Civil Veterinary Department. United Provinces 1923-31 - 1923-1931
Year: 1923
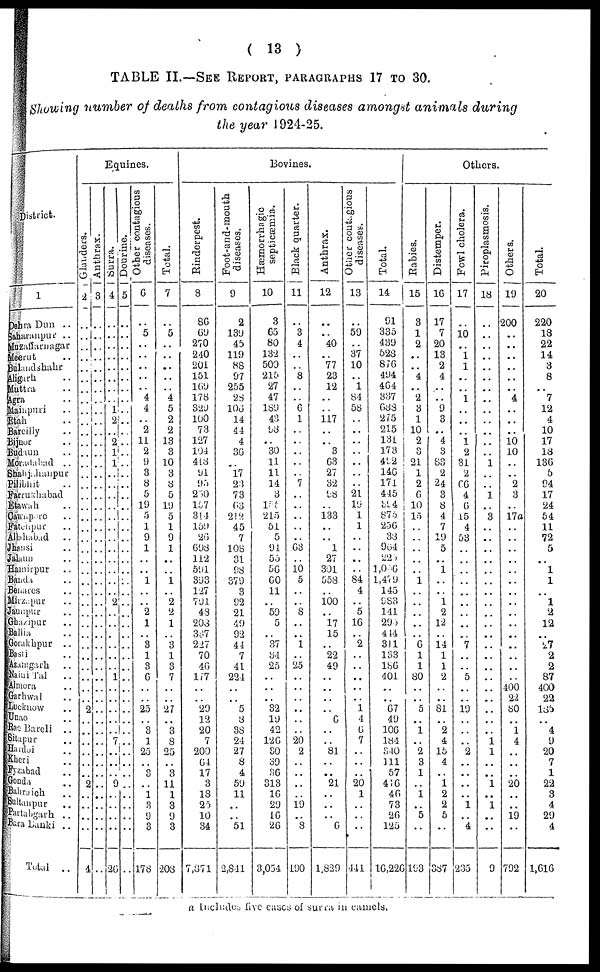
(
1 3
)
TABLE II.—SEE REPORT,
PARAGRAPHS
17 TO 3 0 .
Showing
number
of deaths
from
contagious
diseases
amongst
animals
during
the
year
1924-25.
District.
1
Dehra Dun ..
Saharanpur ..
Muzaffarnagar
Meerut ..
Bulandshahr
Aligarh ..
Muttra ..
Agra ..
Mainpuri ..
Etah ..
Barcilly ..
Bijnor ..
Budaun ..
Moradabad
..
Shaljahanpur
Pilibjit ..
Farrukhabad
Etwah ..
Cawaparo ..
Fatehpur ..
Allahabad
..
Jhansi ..
Jalun ..
Hamirpur ..
Banda ..
Benares ..
Mirzapur ..
Jaunpur ..
Ghazipur ..
Ballia ..
Gorakhpur ..
Basti ..
Azamgarh ..
Naini Tal ..
Almora ..
Garhwal ..
Lucknow ..
Unao ..
Rae Bareli
..
Sitapur ..
Hardoi ..
Kheri ..
Fyzabad ..
Gonda ..
Bahraich ..
Sultanpur ..
Partabgarh
..
Bara Lanki ..
Total
..
Equines.
Glanders.
2
..
..
..
..
..
..
..
..
..
..
..
..
..
..
..
..
..
..
..
..
..
..
..
..
..
..
..
..
..
..
..
..
..
..
..
..
2
..
..
..
..
..
..
2
..
..
..
..
4
Anthrax.
3
..
..
..
..
..
..
..
..
..
..
..
..
..
..
..
..
..
..
..
..
..
..
..
..
..
..
..
..
..
..
..
..
..
..
..
..
..
..
..
..
..
..
..
..
..
..
..
Surra.
4
..
..
..
..
..
..
..
..
1
2
..
2
1
1
..
..
..
..
..
..
..
..
..
..
..
..
2
..
..
..
..
..
..
1
..
..
..
..
..
7
..
..
..
9
..
..
..
..
26
Dourine.
5
..
..
..
..
..
..
..
..
..
..
..
..
..
..
..
..
..
..
..
..
..
..
..
..
..
..
..
..
..
..
..
..
..
..
..
..
..
..
..
..
..
..
..
..
..
..
..
..
Other contagious
diseases.
6
..
5
..
..
..
..
..
4
4
..
2
11
2
9
3
8
5
19
5
1
9
1
..
..
1
..
..
2
1
..
3
1
3
6
..
..
25
..
3
1
25
..
3
..
1
3
9
3
178
Total.
7
..
5
..
..
..
..
4
5
2
2
13
3
10
3
8
5
19
5
1
9
1
..
..
1
..
2
2
1
..
3
1
3
7
..
..
27
..
3
8
25
..
3
11
1
3
9
3
208
Bovines.
Rinderpest.
8
86
69
270
240
201
151
169
178
329
100
73
127
104
418
91
93
230
157
314
159
26
698
112
591
393
127
791
48
208
387
227
70
46
177
..
..
29
12
20
7
200
04
17
3
18
25
10
34
7,871
Foot-and-mouth
diseases.
9
2
139
45
119
8S
97
255
28
106
14
44
4
36
..
17
23
73
63
212
45
7
108
31
98
379
3
92
21
49
92
44
7
41
224
..
..
5
8
38
24
27
8
4
59
11
..
..
51
2,841
Hæmorrhagic
septicæmia.
10
3
65
80
132
500
215
27
47
189
43
98
..
30
11
11
14
3
155
215
51
5
91
55
56
60
11
..
59
5
..
37
34
25
..
..
..
32
19
42
120
30
39
36
313
16
29
16
26
3,054
Black quarter.
11
..
3
4
..
..
8
..
..
6
1
..
..
..
..
..
7
..
..
..
..
..
03
..
10
5
..
..
8
..
..
1
..
25
..
..
..
..
..
..
20
2
..
..
..
..
19
..
8
190
Anthrax.
12
..
..
40
..
77
23
12
..
..
117
..
..
3
63
27
32
98
..
133
..
..
1
27
301
558
..
100
..
17
15
..
22
49
..
..
..
..
6
..
..
81
..
..
21
..
..
..
6
1,829
Other contagious
diseases.
13
..
59
..
37
10
..
1
84
58
..
..
..
..
..
..
..
21
19
1
1
..
..
..
..
84
4
..
5
16
..
2
..
..
..
..
..
1
4
0
7
..
..
20
1
..
..
..
441
Total.
14
91
335
439
528
876
494
464
337
688
275
215
131
173
492
146
171
445
394
875
256
38
904
225
1,046
1,479
145
983
141
295
414
311
133
186
401
..
..
67
49
106
184
340
111
57
416
46
73
26
125
16,226
Others.
Rabies.
15
3
1
2
..
..
4
..
2
3
1
10
2
3
21
1
2
0
10
15
..
..
..
..
..
1
..
..
..
..
..
6
1
1
80
..
..
5
..
1
..
2
3
1
..
1
..
5
..
193
Distemper.
16
17
7
20
13
2
4
..
..
9
3
..
4
3
83
2
24
3
8
4
7
19
5
..
1
..
..
1
2
12
..
14
1
1
2
..
..
81
..
2
4
15
4
..
1
2
2
5
..
387
Fowl cholera.
17
..
10
..
1
1
..
..
1
..
..
..
1
2
31
2
66
4
6
15
4
53
..
..
..
..
..
..
..
..
..
7
..
..
5
..
..
19
..
..
..
2
..
..
..
..
1
..
4
235
Piroplasmosis.
18
..
..
..
..
..
..
..
..
..
..
..
..
..
1
..
..
1
..
3
..
..
..
..
..
..
..
..
..
..
..
..
..
..
..
..
..
..
..
..
1
1
..
..
1
..
1
..
..
9
Others.
19
200
..
..
..
..
..
..
4
..
..
..
10
10
..
..
2
3
..
17a
..
..
..
..
..
..
..
..
..
..
..
..
..
..
..
400
22
80
..
1
4
..
..
20
..
..
19
..
792
Total.
20
220
13
22
14
3
8
..
7
12
4
10
17
18
136
5
94
17
24
54
11
72
5
..
1
1
..
1
2
12
..
27
2
2
87
400
22
185
..
4
9
20
7
1
22
3
4
29
4
1,616
a Includes five cases of surra in camels.